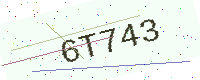
Text: 6T743